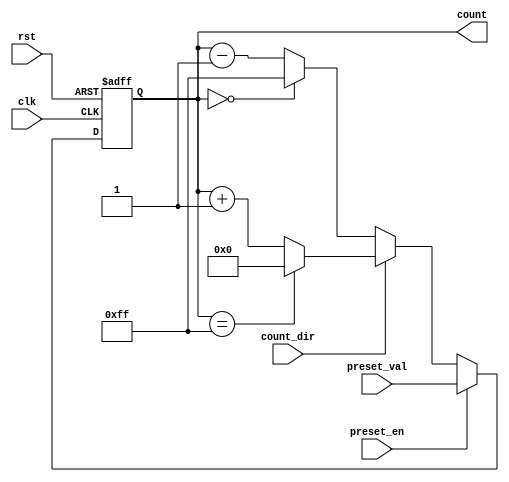
module presettable_counter (
    input wire clk,            // Primary clock signal
    input wire rst,            // Asynchronous reset signal
    input wire preset_en,      // Preset enable signal
    input wire [7:0] preset_val, // Preset value (8-bit)
    input wire count_dir,      // Count direction (1 for up, 0 for down)
    output reg [7:0] count     // Current count value (8-bit)
);

    // Define maximum count value based on the bit-width
    localparam MAX_COUNT = 8'hFF; // 255 for 8-bit counter

    // Asynchronous reset and preset functionality
    always @(posedge clk or posedge rst) begin
        if (rst) begin
            count <= 8'b0; // Reset count to 0
        end else if (preset_en) begin
            count <= preset_val; // Load preset value
        end else begin
            // Count up or down based on count_dir
            if (count_dir) begin
                // Count up with wrap around
                if (count == MAX_COUNT) begin
                    count <= 8'b0; // Wrap around to 0
                end else begin
                    count <= count + 1; // Increment count
                end
            end else begin
                // Count down with wrap around
                if (count == 8'b0) begin
                    count <= MAX_COUNT; // Wrap around to MAX_COUNT
                end else begin
                    count <= count - 1; // Decrement count
                end
            end
        end
    end

endmodule